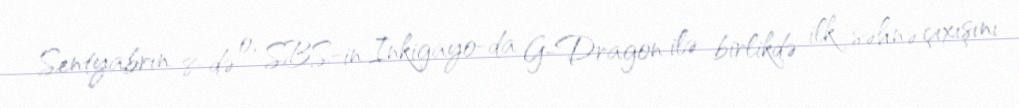
Sentyabrın 8-də o, SBS-in Inkigayo-da G-Dragon ilə birlikdə ilk səhnə çıxışını